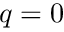
q = 0